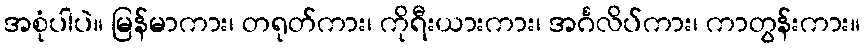
အစုံပါပဲ။ မြန်မာကား၊ တရုတ်ကား၊ ကိုရီးယားကား၊ အင်္ဂလိပ်ကား၊ ကာတွန်းကား။